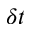
\delta t